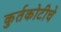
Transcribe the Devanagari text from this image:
कुर्तकोटीचे